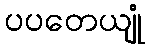
ပပတေယျုံ